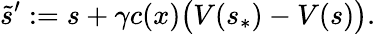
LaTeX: \tilde{s}^{\prime}:=s+\gamma c(x)\bigl(V(s_{\ast})-V(s)\bigr).